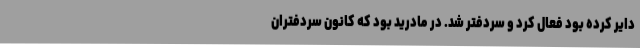
دایر کرده بود فعال کرد و سردفتر شد. در مادرید بود که کانون سردفتران